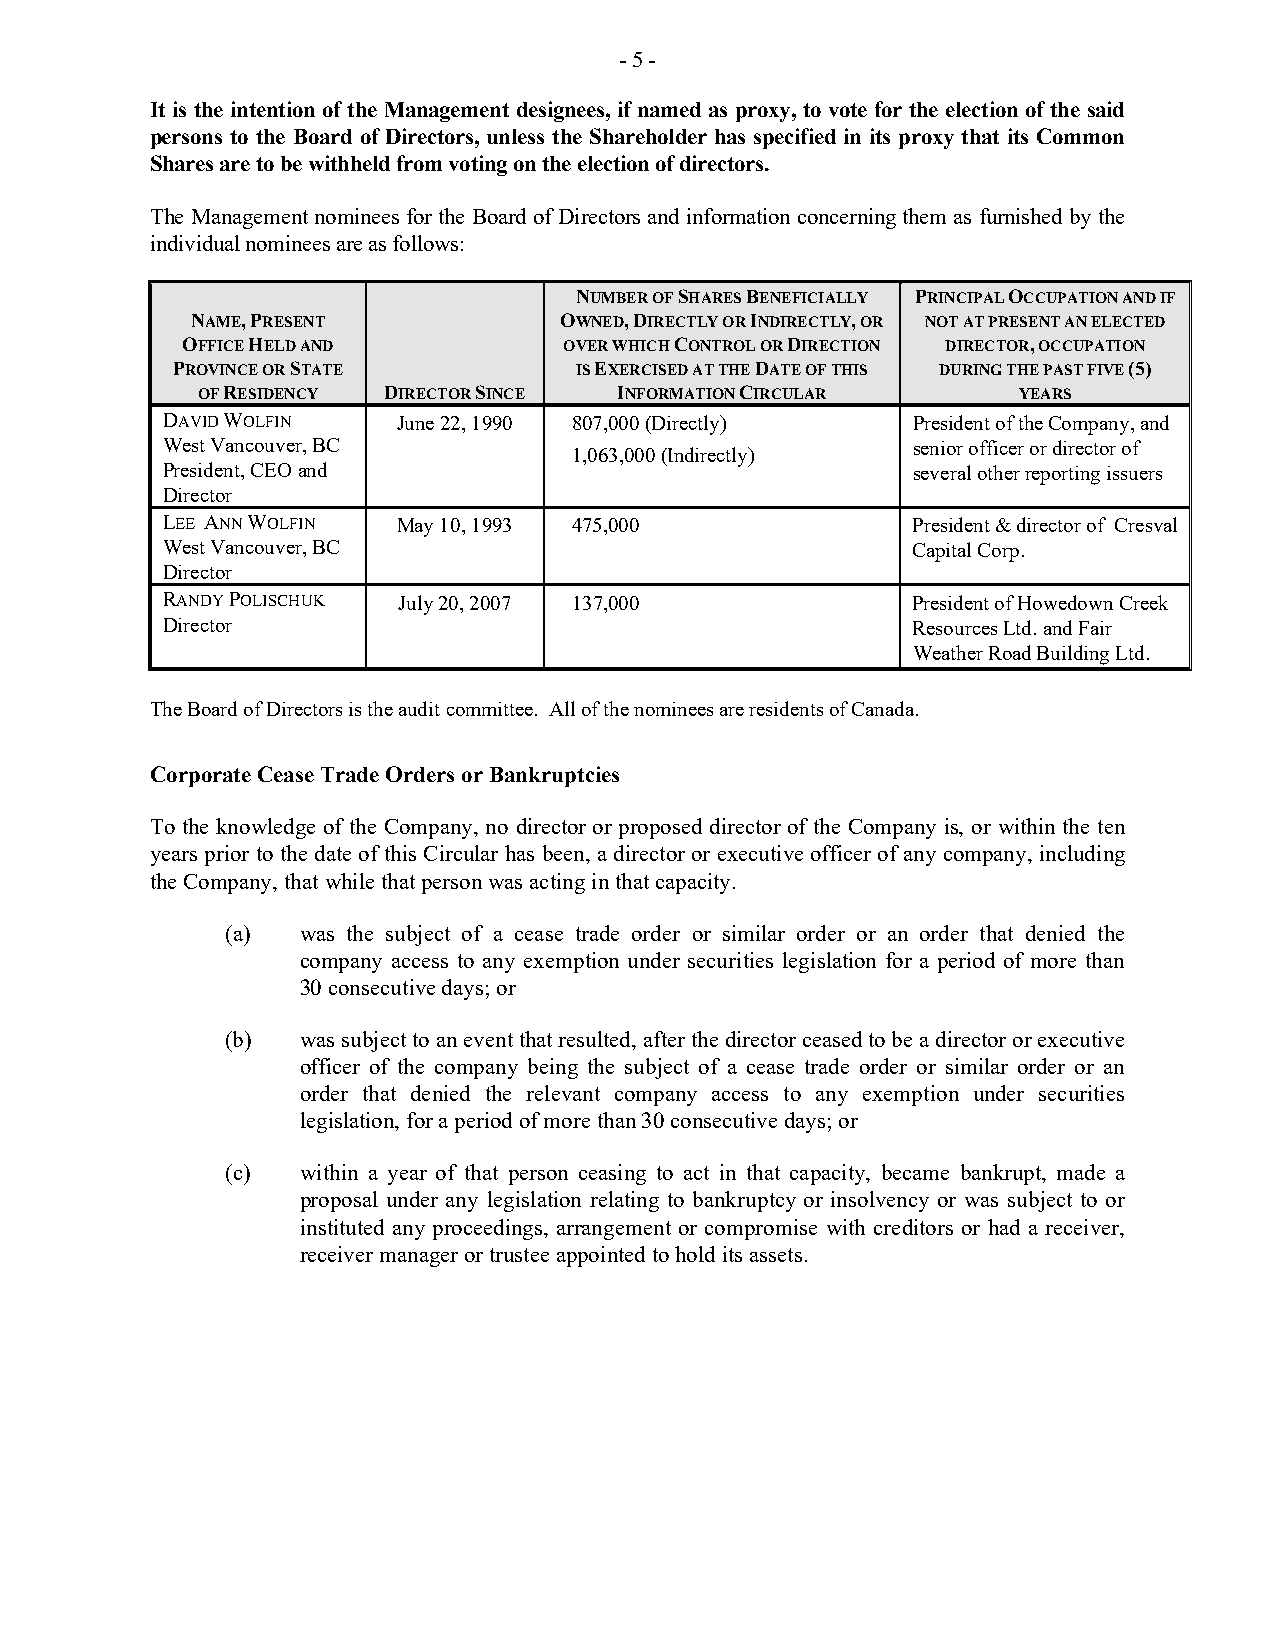
- 5 -
 It is the intention of the Management designees, if named as proxy, to vote for the election of the said
 persons to the Board of Directors, unless the Shareholder has specified in its proxy that its Common
 Shares are to be withheld from voting on the election of directors.
 The Management nominees for the Board of Directors and information concerning them as furnished by the
 individual nominees are as follows:
 NUMBER OF SHARES BENEFICIALLY PRINCIPAL OCCUPATION AND IF
 NAME, PRESENT           OWNED, DIRECTLY OR INDIRECTLY, OR NOT AT PRESENT AN ELECTED
 OFFICE HELD AND          OVER WHICH CONTROL OR DIRECTION DIRECTOR, OCCUPATION
 PROVINCE OR STATE          IS EXERCISED AT THE DATE OF THIS DURING THE PAST FIVE (5)
 OF RESIDENCY DIRECTOR SINCE INFORMATION CIRCULAR      YEARS
 DAVID WOLFIN   June 22, 1990 807,000 (Directly)  President of the Company, and
 West Vancouver, BC         1,063,000 (Indirectly) senior officer or director of
 President, CEO and                               several other reporting issuers
 Director
 LEE ANN WOLFIN May 10, 1993 475,000              President & director of Cresval
 West Vancouver, BC                               Capital Corp.
 Director
 RANDY POLISCHUK July 20, 2007 137,000            President of Howedown Creek
 Director                                         Resources Ltd. and Fair
 Weather Road Building Ltd.
 The Board of Directors is the audit committee. All of the nominees are residents of Canada.
 Corporate Cease Trade Orders or Bankruptcies
 To the knowledge of the Company, no director or proposed director of the Company is, or within the ten
 years prior to the date of this Circular has been, a director or executive officer of any company, including
 the Company, that while that person was acting in that capacity.
 (a)  was the subject of a cease trade order or similar order or an order that denied the
 company access to any exemption under securities legislation for a period of more than
 30 consecutive days; or
 (b)  was subject to an event that resulted, after the director ceased to be a director or executive
 officer of the company being the subject of a cease trade order or similar order or an
 order that denied the relevant company access to any exemption under securities
 legislation, for a period of more than 30 consecutive days; or
 (c)  within a year of that person ceasing to act in that capacity, became bankrupt, made a
 proposal under any legislation relating to bankruptcy or insolvency or was subject to or
 instituted any proceedings, arrangement or compromise with creditors or had a receiver,
 receiver manager or trustee appointed to hold its assets.